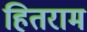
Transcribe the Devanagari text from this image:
हितराम